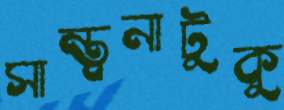
সান্ত্বনাটুকু